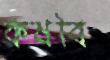
কষবি